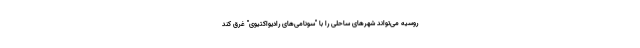
روسیه می‌تواند شهرهای ساحلی را با "سونامی‌های رادیواکتیوی" غرق کند